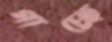
গাচ্ছে